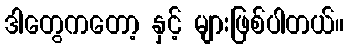
ဒါတွေကတော့ နှင့် များဖြစ်ပါတယ်။